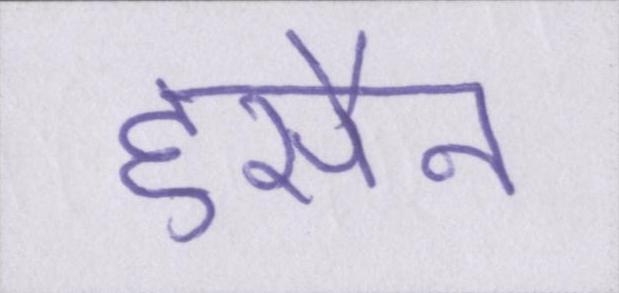
हुसैन